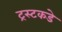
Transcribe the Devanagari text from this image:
ट्रस्टकडे